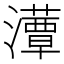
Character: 𤂹